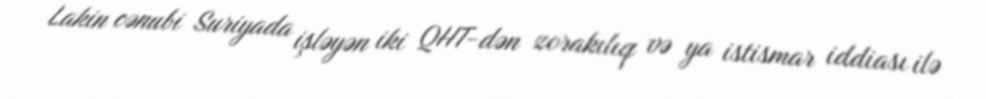
Lakin cənubi Suriyada işləyən iki QHT-dən zorakılıq və ya istismar iddiası ilə